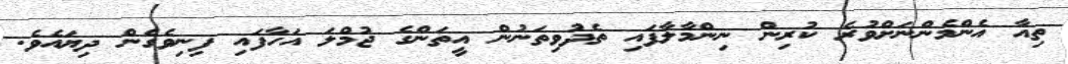
ތިއާ އެންމެންނަށްވުރެ ކުރިން ނިންމާލާފައި ތެދުވިތަނުން އީތަންގެ ޖުމްލަ އަހާފައި ފިނިވެގެން ދިޔައެވެ.